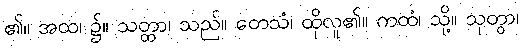
၏။ အထ၊ ၌။ သတ္ထာ၊ သည်။ တေသံ၊ ထိုလူ၏။ ကထံ၊ သို့။ သုတွာ၊